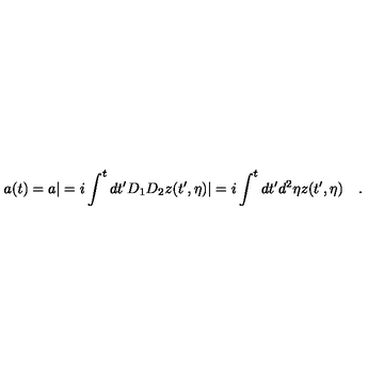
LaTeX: a ( t ) = a | = i \int ^ { t } d t ^ { \prime } D _ { 1 } D _ { 2 } z ( t ^ { \prime } , \eta ) | = i \int ^ { t } d t ^ { \prime } d ^ { 2 } \eta z ( t ^ { \prime } , \eta ) \quad .